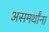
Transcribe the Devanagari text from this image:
असमर्थांना